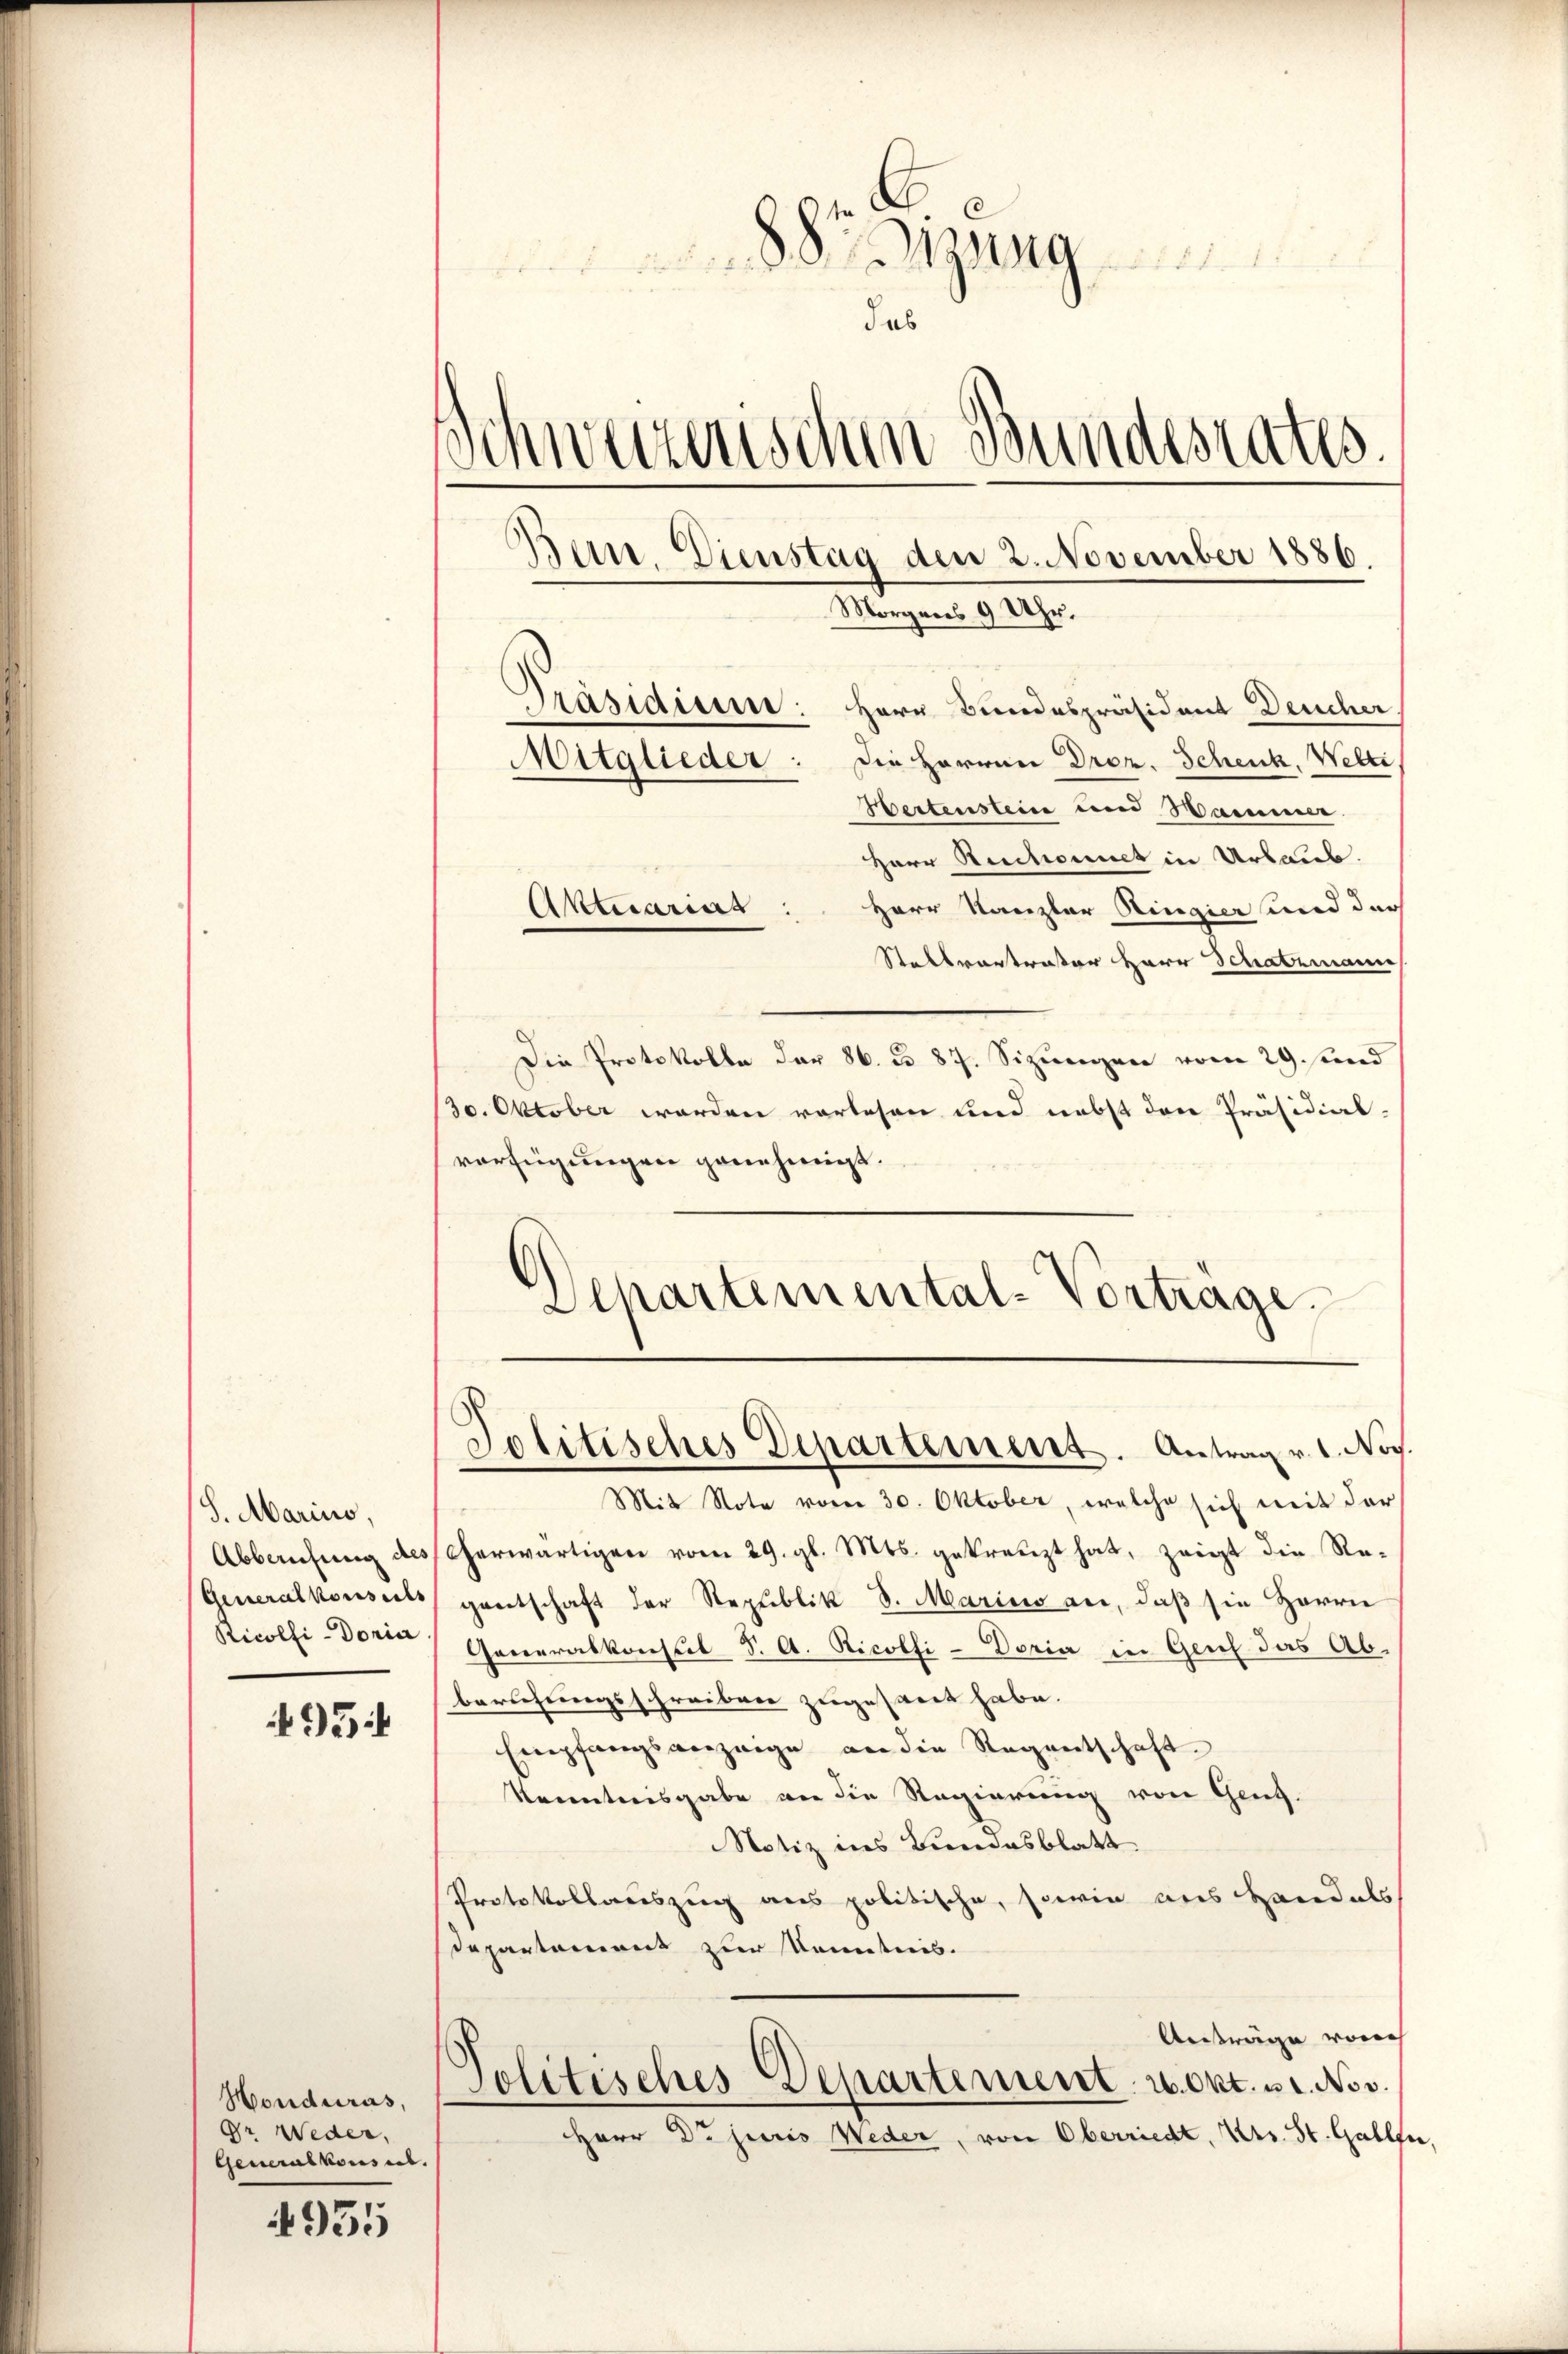
S. Marius,
Generalkonseils
Ricolfi-Doria

95

Honduras,
Gr. Weder,
Generalkonses.

4951

izung
das
.
chweizerischen Bundesrates.
Ban. Dienstag den 2. November 1886.
Morgens 9 Uhr.
Präsidium: Herr Bundespräsident Deucher
Mitglieder: Die Herren Droz. Schenk, Welti,
Hertenstein und Hammer

Aktuariat

Herr Ruchonet in Urlaub.
Herr Kanzler Ringier und der
Stellvortreter Herr Schatzmann
Die Protokolle der 86. No 87. Sizwegen vom 29. und
130. Oktober werden vorlesen und nebst den Präsidialverfügungen genehmigt.
Departemental-Vortrage.

Politisches Departement. Antrag v. 1. Nov.

Mit Note voren 30. Oktober, welche sich mit der
Abbrŭchŭng des Cherwärtigen vom 29. gl. Mts. gekreuzt hat, zeigt die Re-
gentschaft der Republik S. Marino an, daß sie Herrn
Generalkonsul S. A. Ricotfi-Doria in Genf das Abberschungsschreiben zugesant habe.
Empfangsanzeige an die Regentschaft.
Krcentreisgabe vor die Regierung von Genf.
Notiz ins Bundesblatt.
Protokollauszug aus politische, sowie aus Handals
epartement zur Kenntnis.
Anträge vorh
Politisches Departement u. Okt. u 1. Nov.
Herr Dr juris Weder, von Oberriedt, Urs. St. Gallen,